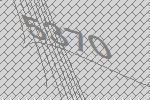
5370